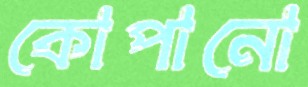
কোপানো